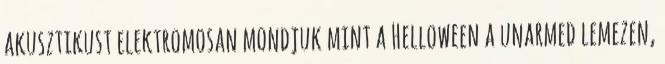
akusztikust elektromosan mondjuk mint a Helloween a unarmed lemezen,